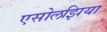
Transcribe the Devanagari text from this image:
एसोलझिया